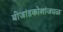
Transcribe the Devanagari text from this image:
बीजांडकोशांजवळ